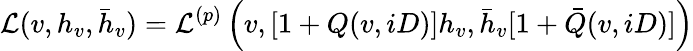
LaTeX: \mathcal L(v,h_{v},\bar{h}_{v})=\mathcal L^{(p)}\left(v,[1+Q(v,iD)]h_{v},\bar{h}_{v}[1+\bar{Q}(v,iD)]\right)